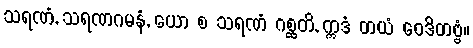
သရဏံ, သရဏဂမနံ, ယော စ သရဏံ ဂစ္ဆတိ, ဣဒံ တယံ ဝေဒိတဗ္ဗံ။